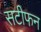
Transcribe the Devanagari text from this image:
सटीफन